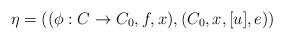
LaTeX: \begin{align*}\eta=((\phi:C\rightarrow C_0,f,x),(C_0,x,[u],e))\end{align*}